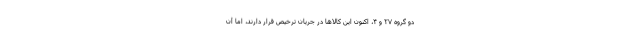
دو گروه ۲۷ و ۴، اکنون این کالاها در جریان ترخیص قرار دارند، اما آن